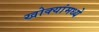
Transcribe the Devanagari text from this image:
खोक्यांमध्ये